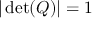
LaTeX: | \operatorname* { d e t } ( Q ) | = 1